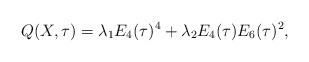
LaTeX: \begin{align*}Q(X,\tau)=\lambda_1 E_4(\tau)^4+\lambda_2 E_4(\tau)E_6(\tau)^2,\end{align*}